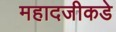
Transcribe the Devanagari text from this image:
महादजीकडे